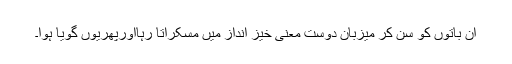
ان باتوں کو سن کر میزبان دوست معنی خیز انداز میں مسکراتا رہااورپھریوں گویا ہوا۔